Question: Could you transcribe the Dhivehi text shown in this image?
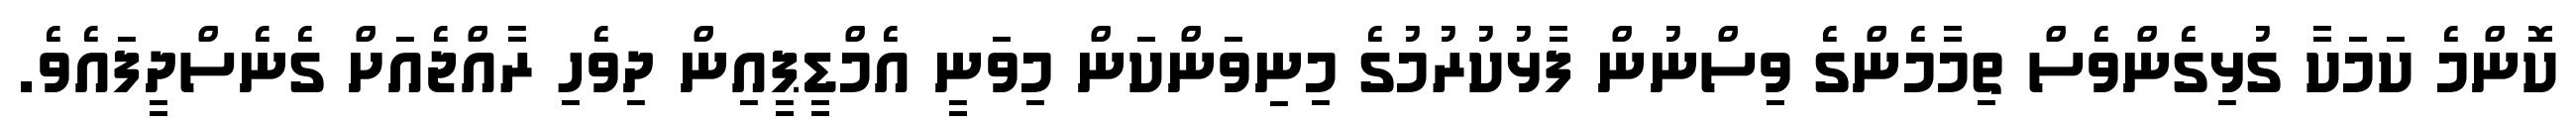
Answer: ކޮންމެ ކަމަކާ ގުޅިގެންވެސް ތިމާމެންގެ ވިސްނުން ފާޅުކުރުމުގެ މިނިވަންކަން މިވަނީ އެމްޑީޕީއިން ދިވެހި ރާއްޖެއަށް ގެނެސްދީފައެވެ.